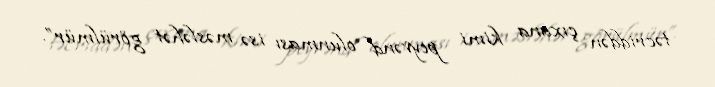
təcriddən çıxana kimi peyvənd olunması isə məsləhət görülmür”.